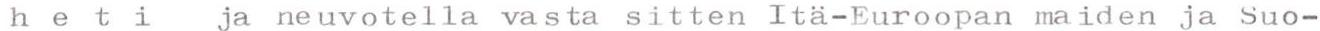
heti ja neuvotella vasta sitten Itä-Euroopan maiden ja Suo-